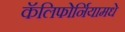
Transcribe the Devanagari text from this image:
कॅलिफोर्नियामधे